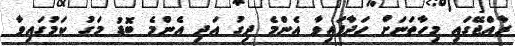
ރާއްޖޭގައި މިހާތަނަށް ހަދާފައިވާ އެންމެ ދިގު އަދި އެންމެ ބޮޑު މަގު ކަމުގައިވާ